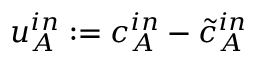
u _ { A } ^ { i n } : = c _ { A } ^ { i n } - \tilde { c } _ { A } ^ { i n }